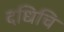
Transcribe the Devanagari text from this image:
दधिचि